Report on the nature of kala-azar
Disease focus: Kala-Azar
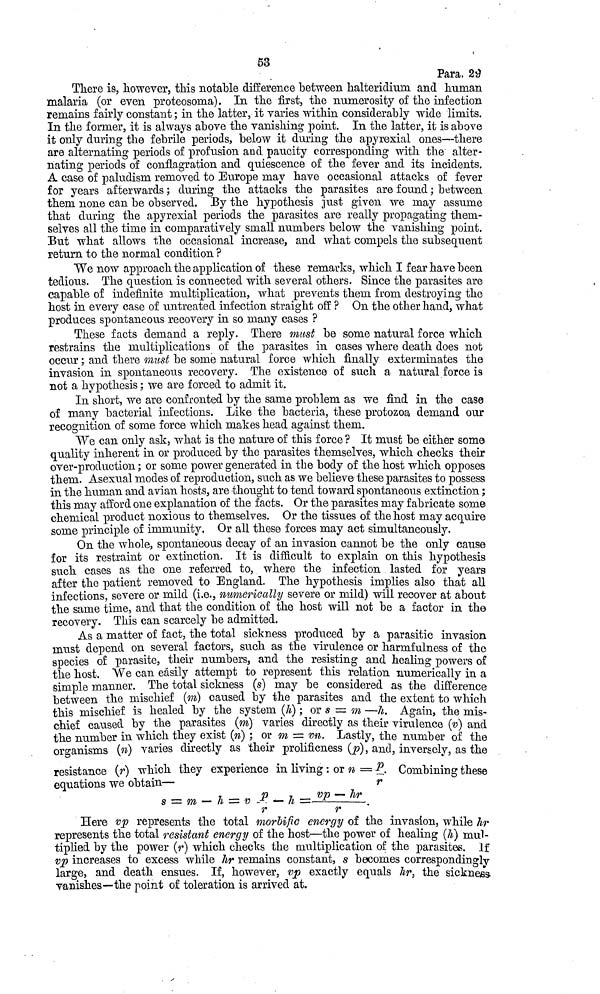
53
Para. 29
There is, however, this notable difference between halteridium and human
malaria (or even proteosoma). In the first, the numerosity of the infection
remains fairly constant ; in the latter, it varies within considerably wide limits.
In the former, it is always above the vanishing point. In the latter, it is above
it only during the febrile periods, below it during the apyrexial ones—there
are alternating periods of profusion and paucity corresponding with the alter-
nating periods of conflagration and quiescence of the fever and its incidents.
A case of paludism removed to Europe may have occasional attacks of fever
for years afterwards ; during the attacks the parasites are found ; between
them none can be observed. By the hypothesis just given we may assume
that during the apyrexial periods the parasites are really propagating them-
selves all the time in comparatively small numbers below the vanishing point.
But what allows the occasional increase, and what compels the subsequent
return to the normal condition ?
We now approach the application of these remarks, which I fear have been
tedious. The question is connected with several others. Since the parasites are
capable of indefinite multiplication, what prevents them from destroying the
host in every case of untreated infection straight off ? On the other hand, what
produces spontaneous recovery in so many cases ?
These facts demand a reply. There must be some natural force which
restrains the multiplications of the parasites in cases where death does not
occur ; and there must be some natural force which finally exterminates the
invasion in spontaneous recovery. The existence of such a natural force is
not a hypothesis ; we are forced to admit it.
In short, we are confronted by the same problem as we find in the case
of many bacterial infections. Like the bacteria, these protozoa demand our
recognition of some force which makes head against them.
We can only ask, what is the nature of this force ? It must be either some
quality inherent in or produced by the parasites themselves, which checks their
over-production ; or some power generated in the body of the host which opposes
them. Asexual modes of reproduction, such as we believe these parasites to possess
in the human and avian hosts, are thought to tend toward spontaneous extinction ;
this may afford one explanation of the facts. Or the parasites may fabricate some
chemical product noxious to themselves. Or the tissues of the host may acquire
some principle of immunity. Or all these forces may act simultaneously.
On the whole, spontaneous decay of an invasion cannot be the only cause
for its restraint or extinction. It is difficult to explain on this hypothesis
such cases as the one referred to, where the infection lasted for years
after the patient removed to England. The hypothesis implies also that all
infections, severe or mild (i.e., numerically severe or mild) will recover at about
the same time, and that the condition of the host will not be a factor in the
recovery. This can scarcely be admitted.
As a matter of fact, the total sickness produced by a parasitic invasion
must depend on several factors, such as the virulence or harmfulness of the
species of parasite, their numbers, and the resisting and healing powers of
the host. We can easily attempt to represent this relation numerically in a
simple manner. The total sickness (s) may be considered as the difference
between the mischief (m) caused by the parasites and the extent to which
this mischief is healed by the system (h) ; or s = m —h. Again, the mis-
chief caused by the parasites (m) varies directly as their virulence (v) and
the number in which they exist (n) ; or m = vn. Lastly, the number of the
organisms (n) varies directly as their prolificness (p), and, inversely, as the
resistance (r) which they experience in living : or n = p/r. Combining these
equations we obtain—
s = m — h = v p/r — h = vp - hr /r.
γ
Here vp represents the total morbific energy of the invasion, while hr
represents the total resistant energy of the host—the power of healing (h) mul-
tiplied by the power (r) which checks the multiplication of the parasitas. If
vp increases to excess while hr remains constant, s becomes correspondingly
large, and death ensues. If, however, vp exactly equals hr, the sickness
vanishes—the point of toleration is arrived at.